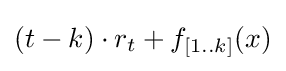
(t-k)\cdot r_{t}+f_{[1..k]}(x)